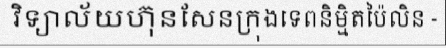
វិទ្យាល័យហ៊ុនសែនក្រុងទេពនិម្មិតប៉ៃលិន -